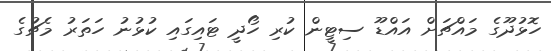
ހޮޅުދޫގެ މައްޗަށް އައްޑޫ ސިޓީން ކުރި ހޯދީ ޓައިގައި ކުޅުނު ހަތަރު މެޗުގެ